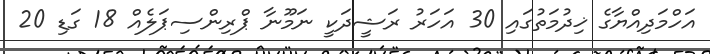
އަހްމަދިއްޔާގެ ޚިދުމަތުގައި 30 އަހަރު ރަޝީދަކީ ނަމޫނާ ޕްރިންސިޕަލެއް 18 ގަޑި 20